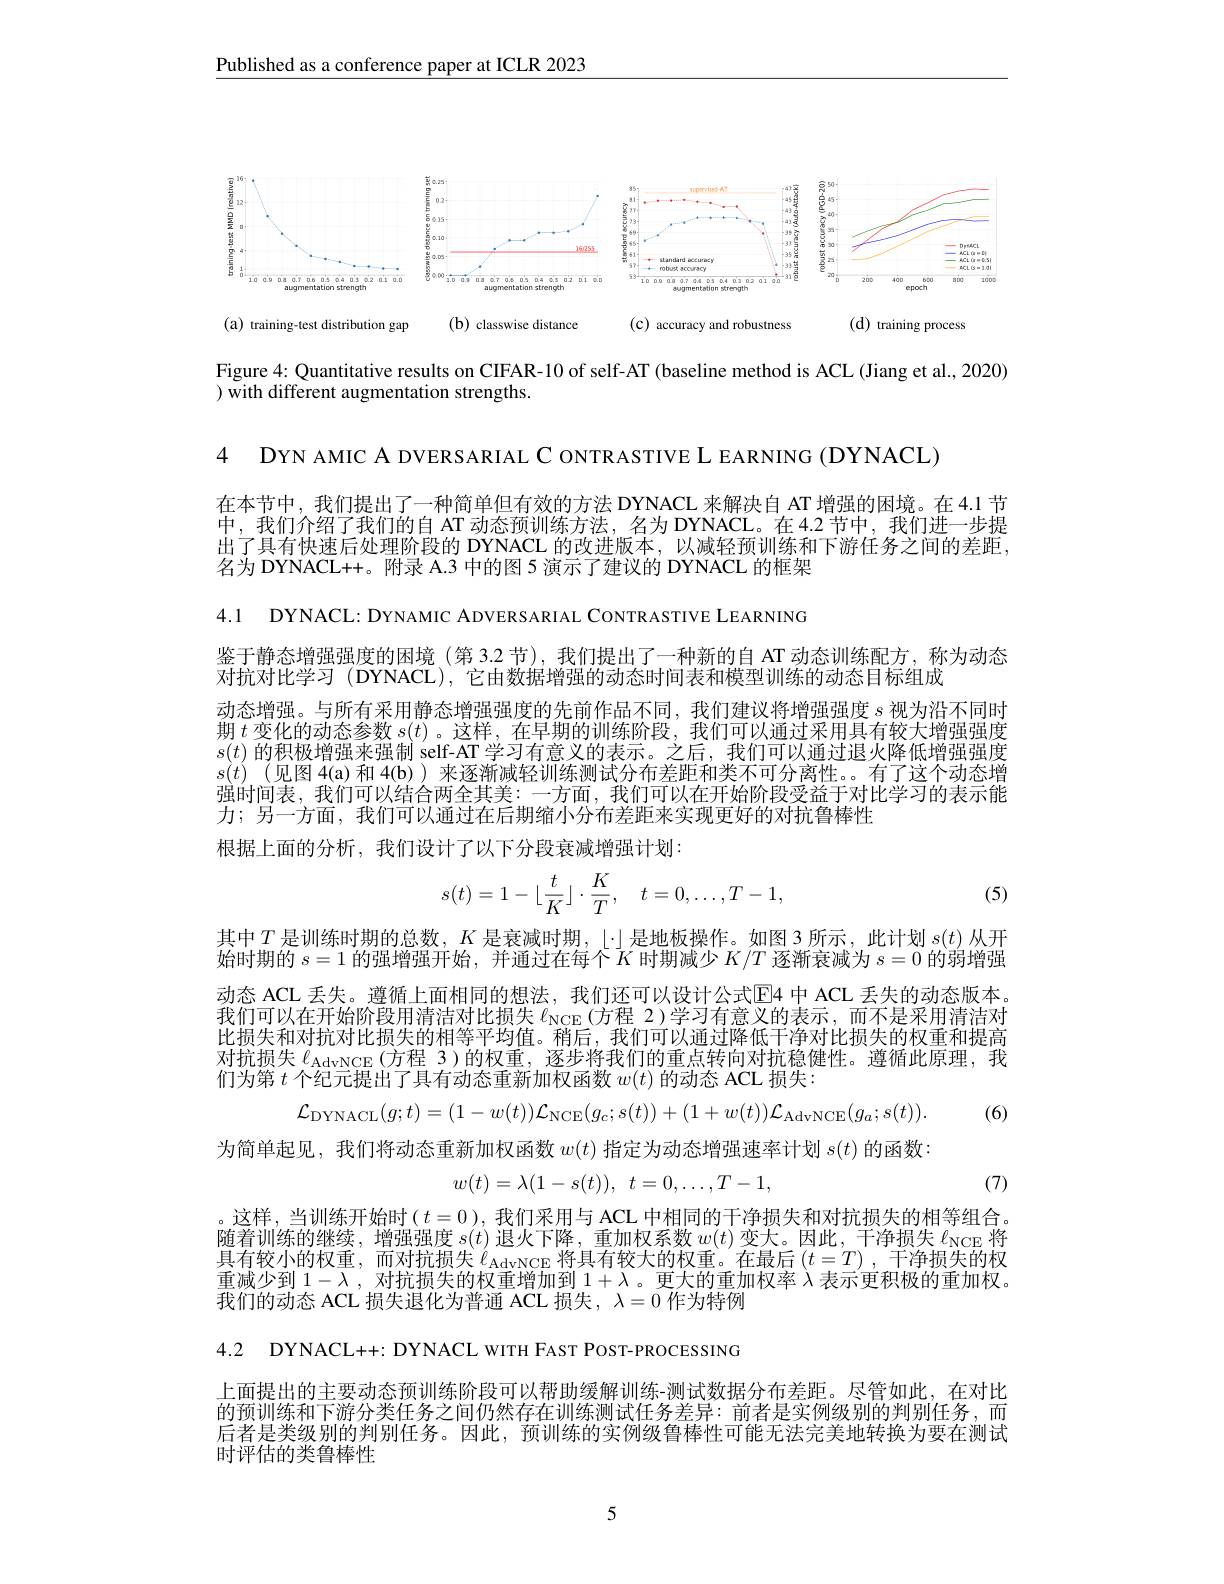
$\underline{\text{Published as a conference paper at ICLR 2023}}$

<FigureHere>

Figure 4: Quantitative results on CIFAR-10 of self-AT (baseline method is ACL (Jiang et al., 2020)
) with different augmentation strengths.

4 DYN AMIC A DVERSARIAL C ONTRASTIVE L EARNING (DYNACL)

在本节中，我们提出了一种简单但有效的方法 DYNACL 来解决自 AT 增强的困境。在 4.1 节中，我们介绍了我们的自 AT 动态预训练方法，名为 DYNACL。在4.2 节中，我们进一步提出了具有快速后处理阶段的 DYNACL 的改进版本，以减轻预训练和下游任务之间的差距， 名为 DYNACL++。附录 A.3 中的图 5 演示了建议的 DYNACL 的框架

4.1 DYNACL: DYNAMIC ADVERSARIAL CONTRASTIVE LEARNING

鉴于静态增强强度的困境 (第 3.2 节), 我们提出了一种新的自 AT 动态训练配方，称为动态
对抗对比学习 (DYNACL), 它由数据增强的动态时间表和模型训练的动态目标组成
动态增强。与所有采用静态增强强度的先前作品不同，我们建议将增强强度$s$视为沿不同时期$t$变化的动态参数 $s(t)$ 。这样，在早期的训练阶段，我们可以通过采用具有较大增强强度$s(t)$的积极增强来强制 self-AT 学习有意义的表示。之后，我们可以通过退火降低增强强度$s(t)$ (见图 4(a) 和 4(b))来逐渐减轻训练测试分布差距和类不可分离性。有了这个动态增强时间表，我们可以结合两全其美：一方面，我们可以在开始阶段受益于对比学习的表示能力；另一方面，我们可以通过在后期缩小分布差距来实现更好的对抗鲁棒性
根据上面的分析，我们设计了以下分段衰减增强计划：
$$s(t)=1-\lfloor\dfrac{t}{K}\rfloor\cdot\dfrac{K}{T},\quad t=0,\dots,T-1,$$
(5)

其中$T$是训练时期的总数，$K$是衰减时期，$\lfloor\cdot\rfloor$是地板操作。如图 3 所示，此计划$s(t)$从开始时期的$s=1$的强增强开始，并通过在每个$\bar K$时期减少$K/T$逐渐衰减为$s=0$的弱增强动态 ACL 丢失。遵循上面相同的想法，我们还可以设计公式$\overline{\mathrm{E}}$4 中 ACL 丢失的动态版本。我们可以在开始阶段用清洁对比损失$\ell_\mathrm{NCE}$ (方程 2)学习有意义的表示，而不是采用清洁对比损失和对抗对比损失的相等平均值。稍后，我们可以通过降低干净对比损失的权重和提高对抗损失$\ell_{\mathrm{AdvNCE}}$(方程 3)的权重，逐步将我们的重点转向对抗稳健性。遵循此原理，我们为第$t$个纪元提出了具有动态重新加权函数$w(t)$的动态 ACL 损失：
$$\mathcal{L}_{\mathrm{DYNACL}}(g;t)=(1-w(t))\mathcal{L}_{\mathrm{NCE}}(g_{c};s(t))+(1+w(t))\mathcal{L}_{\mathrm{AdvNCE}}(g_{a};s(t)).$$
(6)

为简单起见，我们将动态重新加权函数$w(t)$指定为动态增强速率计划$s(t)$的函数：
$$w(t)=\lambda(1-s(t)),\:t=0,\ldots,T-1,$$
(7)

。这样，当训练开始时$(t=0)$, 我们采用与 ACL 中相同的干净损失和对抗损失的相等组合。随着训练的继续，增强强度$s(t)$退火下降，重加权系数$w(t)$变大。因此，干净损失$\ell_\mathrm{NCE}$将具有较小的权重，而对抗损失$\ell_\mathrm{AdvNCE}$将具有较大的权重。在最后$\left(t=T\right)$,干净损失的权重减少到$1-\lambda$,对抗损失的权重增加到$1+\lambda$。更大的重加权率$\lambda$表示更积极的重加权。我们的动态 ACL 损失退化为普通 ACL 损失，$\lambda=0$作为特例

4.2 DYNACL++: DYNACL wırн FAST POST-PROCESSING

上面提出的主要动态预训练阶段可以帮助缓解训练-测试数据分布差距。尽管如此，在对比的预训练和下游分类任务之间仍然存在训练测试任务差异：前者是实例级别的判别任务，而后者是类级别的判别任务。因此，预训练的实例级鲁棒性可能无法完美地转换为要在测试时评估的类鲁棒性

5